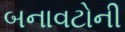
બનાવટોની